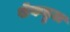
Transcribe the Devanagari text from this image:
शेकहुल